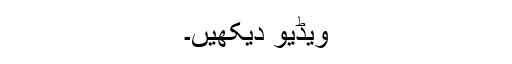
ویڈیو دیکھیں۔